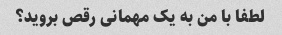
لطفا با من به یک مهمانی رقص بروید؟